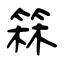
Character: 箖